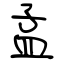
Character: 孟